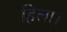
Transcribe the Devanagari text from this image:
हिला।